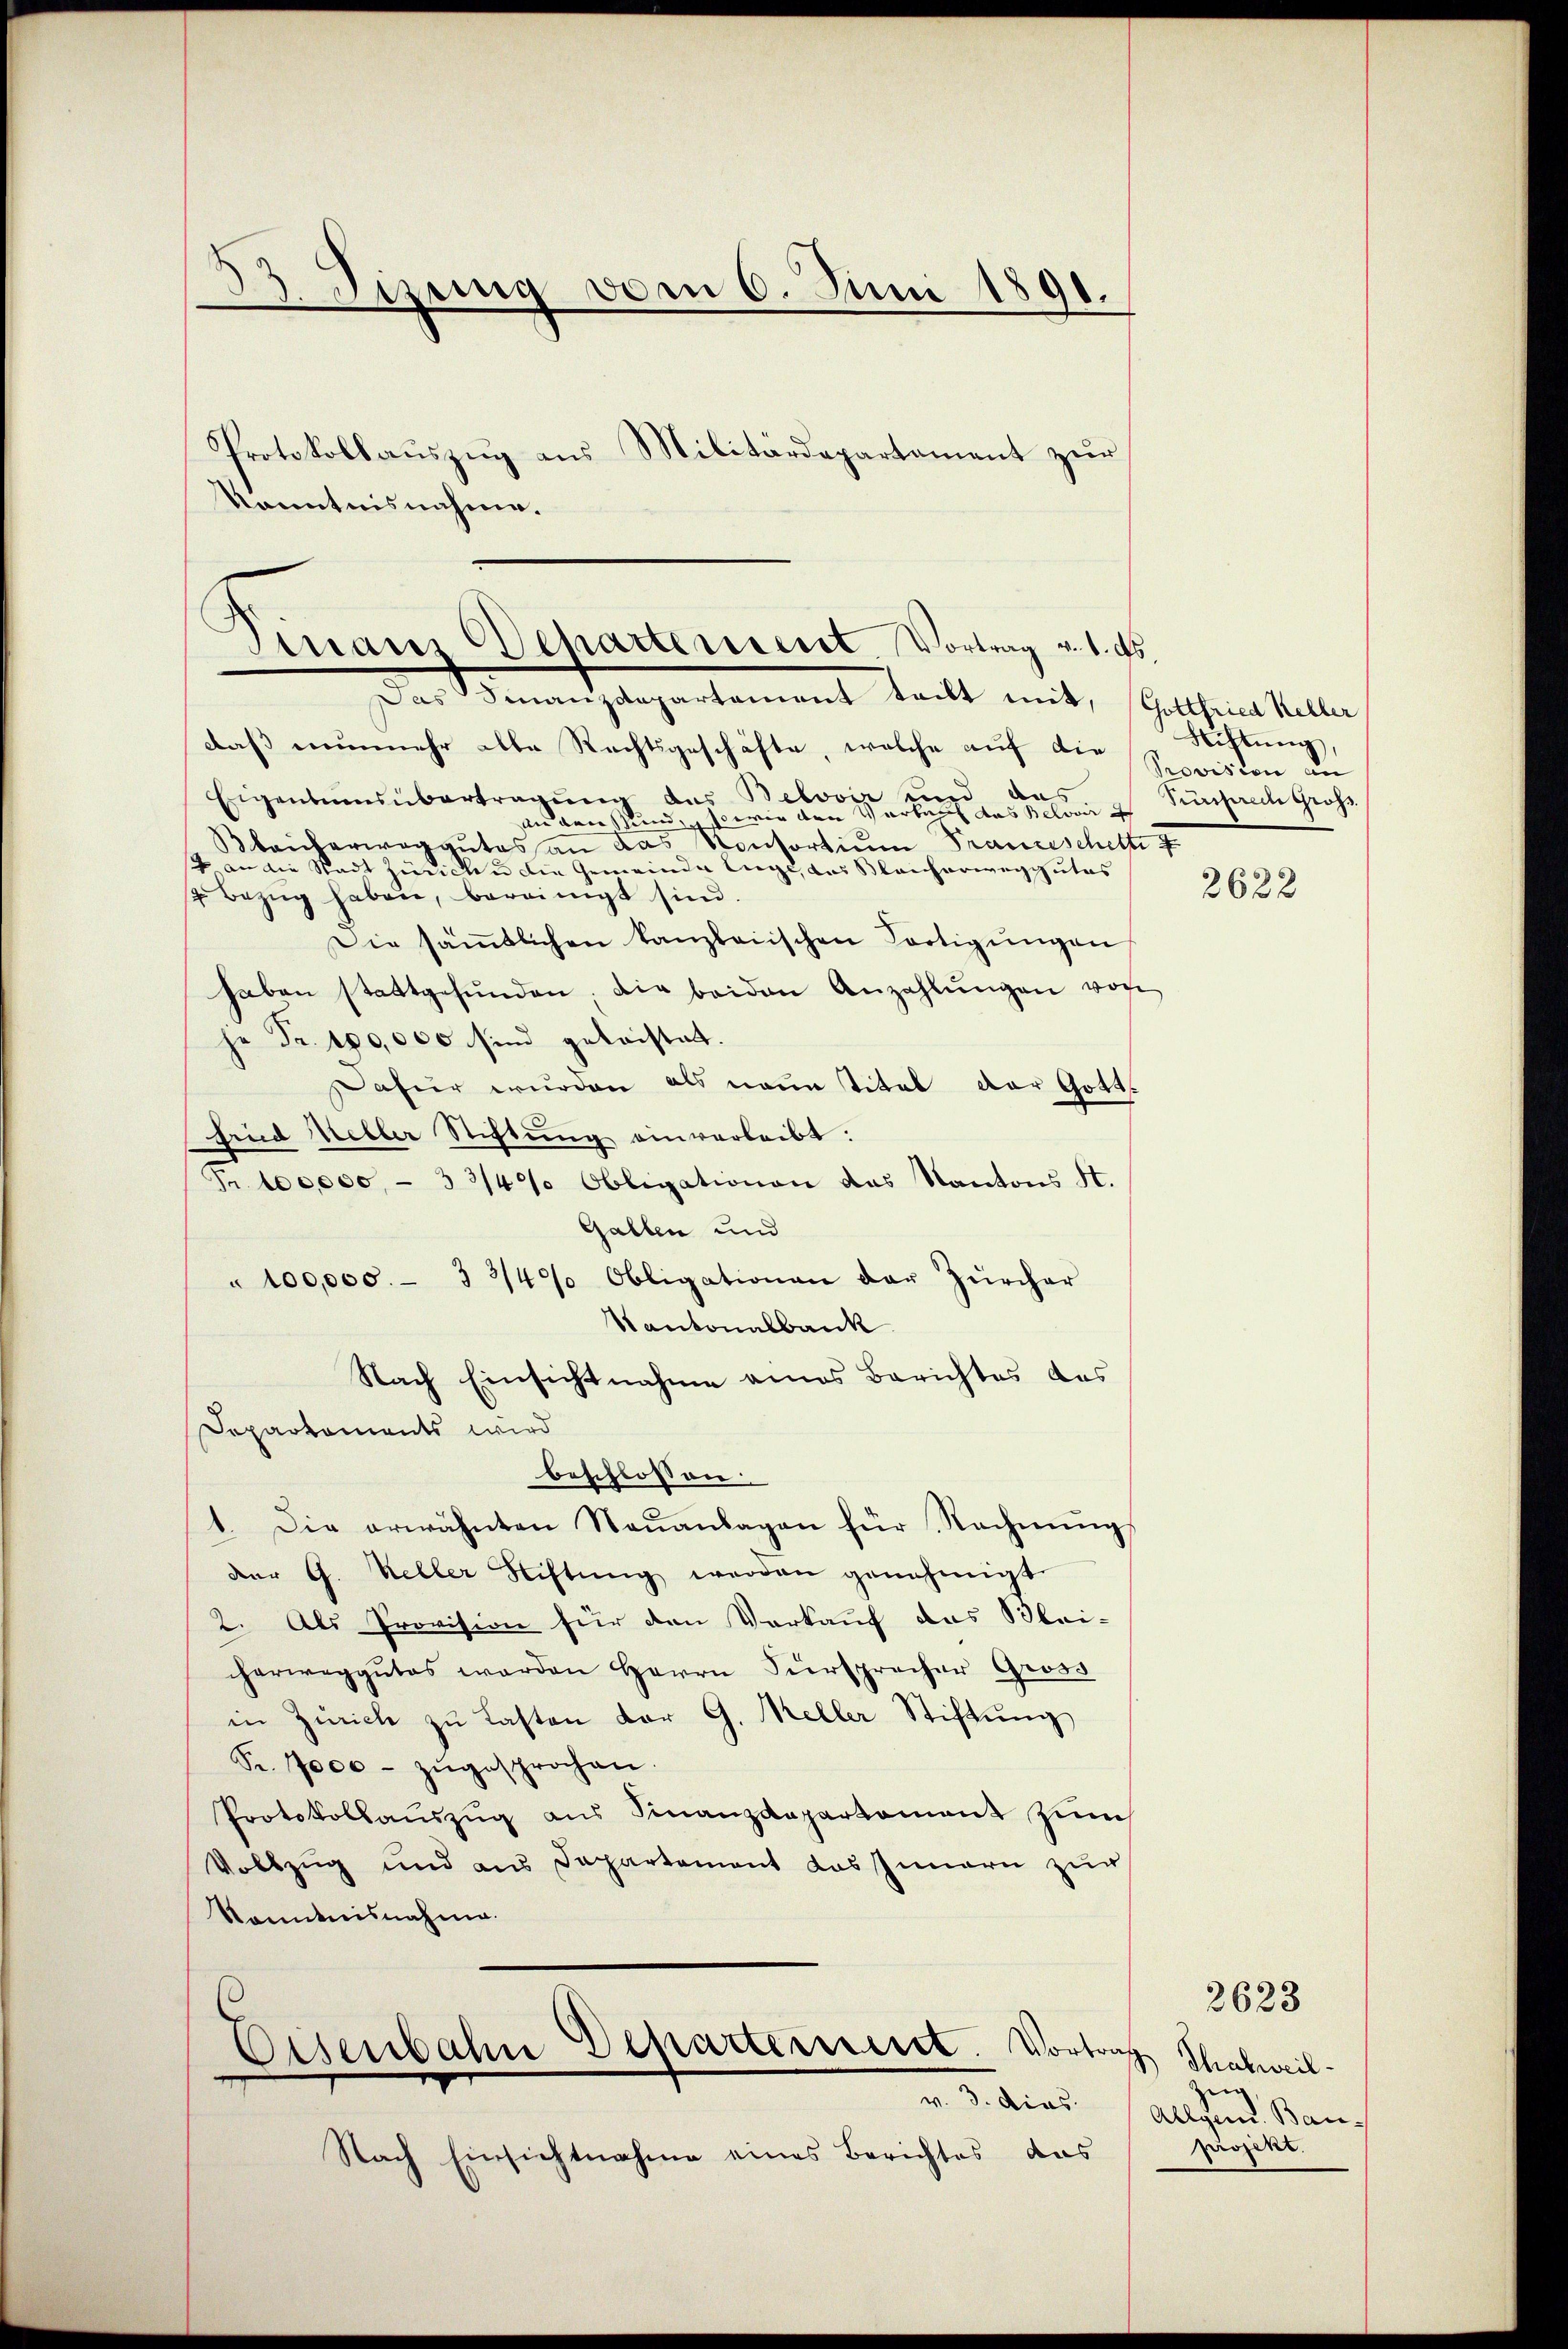
33. Sizung vom 6. Juni 1891.
Protokollauszug aus Militärdepartement zur

Sinair Departement. Vortrag v. 1. ds.
Das Finanzdepartament teilt mit, Gottfried Keller

daß nunmehr alle Rechtsgeschäfte, welche auf der Spovision an
Eigentumsübertragung des Belover und das
an den und so wie den Vorber das Belovar
Bbaukerwaggutes an das Kontortium Trauzeschett f
4 an die Stadt Zinicken die Gemeinde Enge, das Bleicherweg gutes
2. Bezŭg haben, bereinigt sind.
Die sämtlichen kanzleiischen Fortigŭngen
haben stattgefŭnden, die beiden Anzahlŭngen von
je Fr. 180,000 sind geleistatt.
afür wurden als neun titel der Gott.
sind heller Stiftung einverleibt:
Fr. 100,000 - 3 3/4% Obligationen das Kantons St.
Gallen und
" 100,000.- 3 3/4% Obligationen der Zürcher
Kantonalbank
Nach Einsichtnahme eines Berichtes das
Departements wird
beschlossen:
1. Die erwähnten Neŭanlagen für Rechnŭng
der G. Keller Stiftŭng werden genehmigt.
2. Als Provision für den Verkauf das Blei-
cherweg gutes werden Herrn Fürsprecher Gross
in Zürich zu Lasten vor G. Meller Stiftung
S. 7000 - zŭgesprochen.
Protokollaŭszŭg aŭs Finanzdepartement zum
Vollzug und aus Departement das Innern zŭr
Kenntnisnahme.

Kenntnisnahme.

Eisenbahn Departement. Vortr
v. 3. dies

Nach Einsichtnahme eines Berichtes das

Richtung
Puisrech Gross

2622

2623
as
Thalweil.
Zeig
Allgend. Bauprojekt.